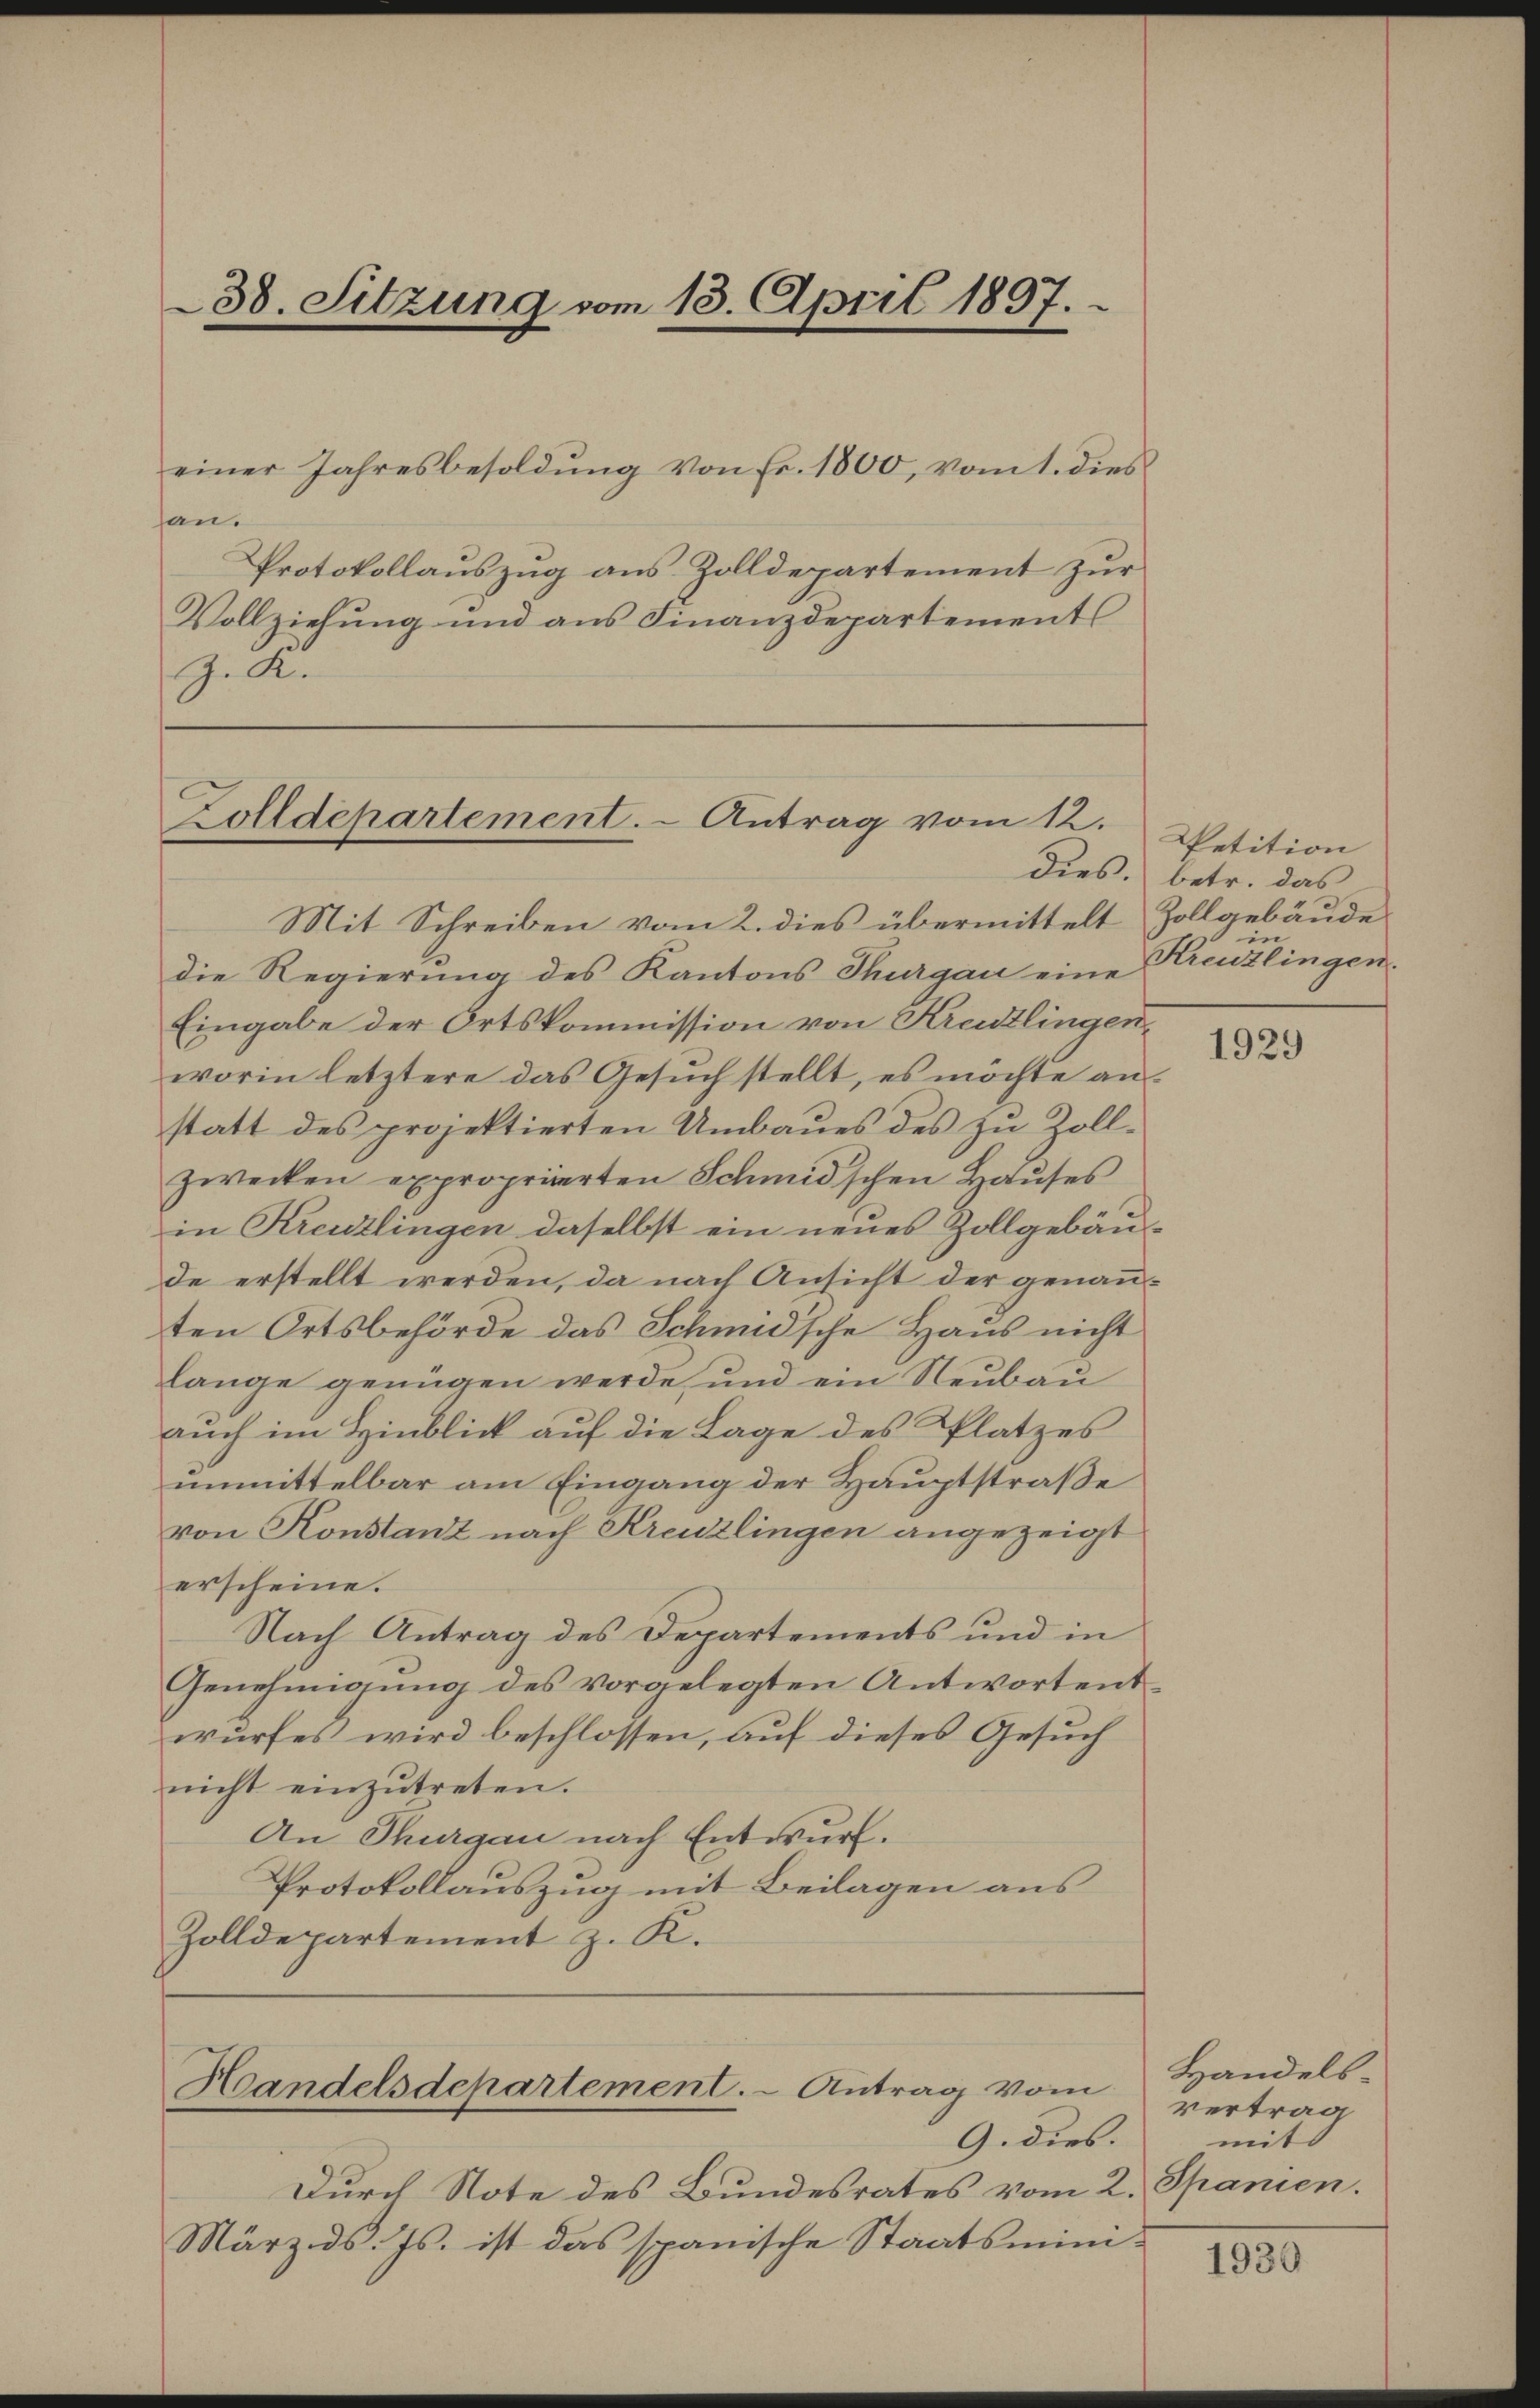
38. Sitzung vom 13. April 1897.

einer Jahresbesoldŭng von Fr. 1800, vom 1. dies
an.
Protokollauszug aus Zolldepartement zur
Vollziehung und aus Finanzdepartements
J. K.

Zolldepartement. - Antrag vom 12.

Handelsdepartement. - Antrag vom
9. dies.

Mit Schreiben vom 2. dies übermittelt Zollgebäude
die Regierung des Kantons Thurgau eine
Eingabe der Ortskommission von Kreuzlingenworin letztere das Gesŭch stellt, es möchte an-
statt des projektierten Umbaues des zu Zollzwecken expropriierten Schmid'schen Hauses
in Kreuzlingen daselbst ein neues Zollgebäu-
de erstellt werden, da nach Ansicht der genannten Ortsbehörde das Schmid'sche Haus nicht
lange genügen werde, und ein Neubau
auch im Hinblick auf die Lage des Platzes
unmittelbar am Eingang der Hauptstraße
von Konstanz nach Kreuzlingen angezeigt
erscheine.
Nach Antrag des Departements und in
Genehmigung des vorgelegten Antwortentwurfes wird beschlossen, auf dieses Gesuch
nicht einzŭtreten.
An Thurgau nach Entwurf.
Protokollauszug mit Beilagen aus
Zolldepartement z. K.

Petition
dies. betr. das
in
Kreuzlingen.

Durch Note des Bundesrates vom 2. Spanien.
März d. Js. ist das spanische Staatsmini¬

1929

Handelsvertrag
mit

1930